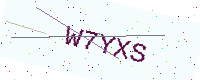
Text: W7YXS